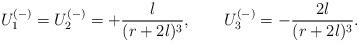
LaTeX: \begin{align*}U_1^{(-)}=U_2^{(-)}=+\frac{l}{(r+2l)^3},\qquad U_3^{(-)}=-\frac{2l}{(r+2l)^3}.\end{align*}